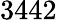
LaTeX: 3442